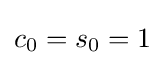
c_{0}=s_{0}=1